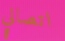
اتصالي